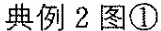
典例2图①